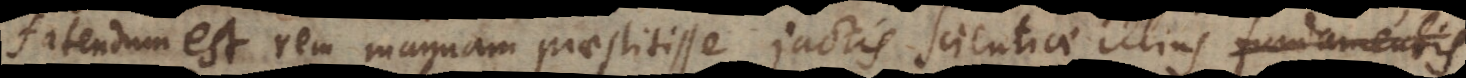
fatendum est rem magnam praestitisse jactis scientiae illius fundamentis